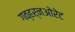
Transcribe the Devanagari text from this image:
गव्हर्नओरेट